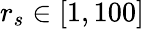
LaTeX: r_{s}\in[1,100]